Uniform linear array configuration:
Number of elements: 16
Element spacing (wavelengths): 0.5
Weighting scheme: uniform
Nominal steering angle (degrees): -45
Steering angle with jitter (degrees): -45.149
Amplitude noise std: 0.05
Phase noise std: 0.05

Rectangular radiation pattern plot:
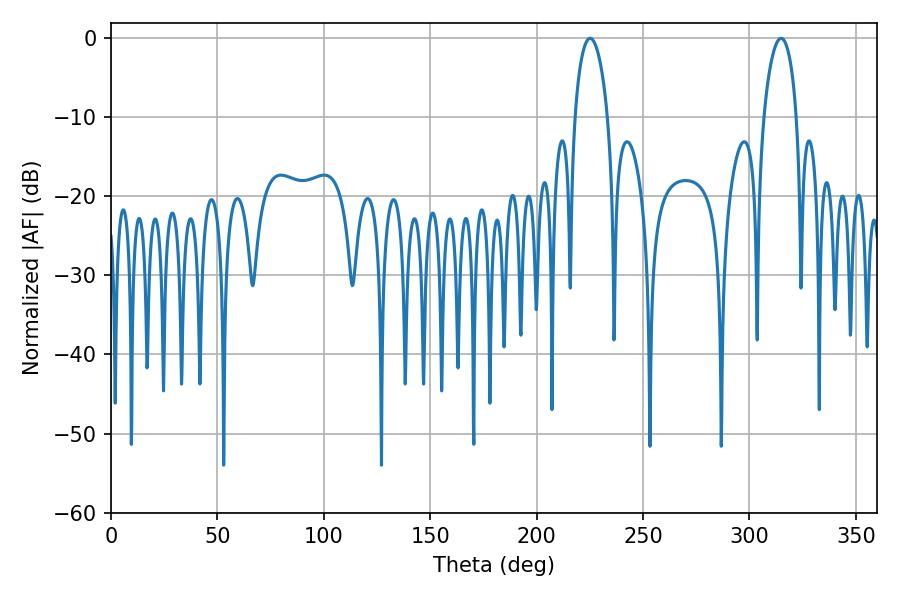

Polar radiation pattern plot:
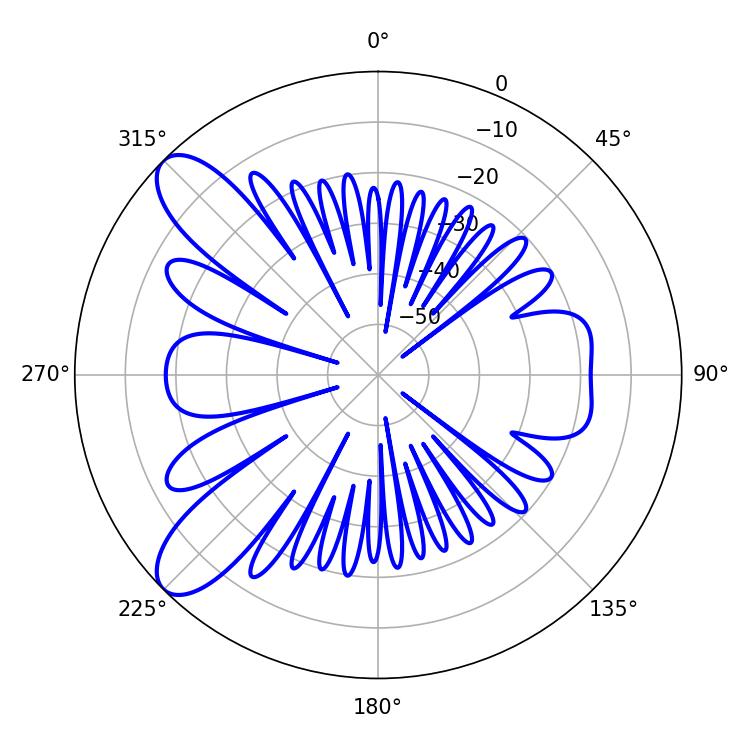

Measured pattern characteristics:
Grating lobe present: FALSE
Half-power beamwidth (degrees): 8.82
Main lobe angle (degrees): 225.18